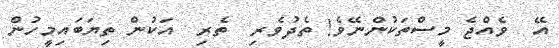
އޭ  ވެއްޖެ މީސްތަކުންނޭވެ! ތެދުވެރި  ތެރި  އަކުން ތިޔަބައިމީހުން